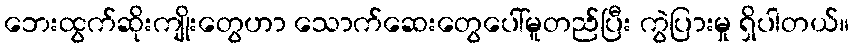
ဘေးထွက်ဆိုးကျိုးတွေဟာ သောက်ဆေးတွေပေါ်မူတည်ပြီး ကွဲပြားမှု ရှိပါတယ်။